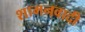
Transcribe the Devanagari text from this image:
शामनवादी